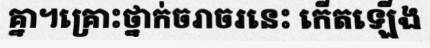
គ្នា។គ្រោះថ្នាក់ចរាចរនេះ កើតឡើង